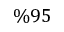
\% 9 5